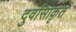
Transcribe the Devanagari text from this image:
दुर्वासाकृत